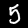
Label: 5